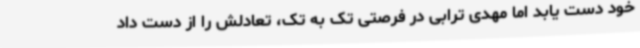
خود دست یابد اما مهدی ترابی در فرصتی تک به تک، تعادلش را از دست داد